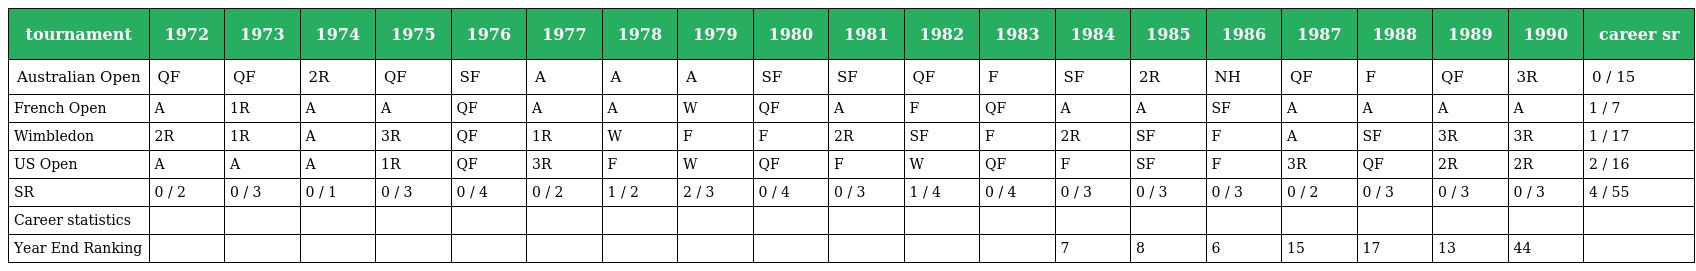
| tournament | 1972 | 1973 | 1974 | 1975 | 1976 | 1977 | 1978 | 1979 | 1980 | 1981 | 1982 | 1983 | 1984 | 1985 | 1986 | 1987 | 1988 | 1989 | 1990 | career sr |
 | --- | --- | --- | --- | --- | --- | --- | --- | --- | --- | --- | --- | --- | --- | --- | --- | --- | --- | --- | --- | --- |
 | Australian Open | QF | QF | 2R | QF | SF | A | A | A | SF | SF | QF | F | SF | 2R | NH | QF | F | QF | 3R | 0 / 15 |
 | French Open | A | 1R | A | A | QF | A | A | W | QF | A | F | QF | A | A | SF | A | A | A | A | 1 / 7 |
 | Wimbledon | 2R | 1R | A | 3R | QF | 1R | W | F | F | 2R | SF | F | 2R | SF | F | A | SF | 3R | 3R | 1 / 17 |
 | US Open | A | A | A | 1R | QF | 3R | F | W | QF | F | W | QF | F | SF | F | 3R | QF | 2R | 2R | 2 / 16 |
 | SR | 0 / 2 | 0 / 3 | 0 / 1 | 0 / 3 | 0 / 4 | 0 / 2 | 1 / 2 | 2 / 3 | 0 / 4 | 0 / 3 | 1 / 4 | 0 / 4 | 0 / 3 | 0 / 3 | 0 / 3 | 0 / 2 | 0 / 3 | 0 / 3 | 0 / 3 | 4 / 55 |
 | Career statistics |  |  |  |  |  |  |  |  |  |  |  |  |  |  |  |  |  |  |  |  |
 | Year End Ranking |  |  |  |  |  |  |  |  |  |  |  |  | 7 | 8 | 6 | 15 | 17 | 13 | 44 |  |